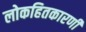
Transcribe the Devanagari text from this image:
लोकहितकारणी